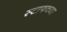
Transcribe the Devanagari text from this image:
स्टाफच्या